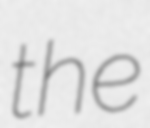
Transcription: the